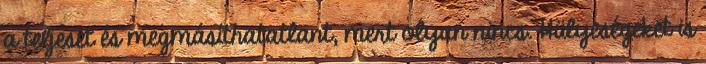
a teljeset és megmásíthatatlant, mert olyan nincs. Hülyeségeket is